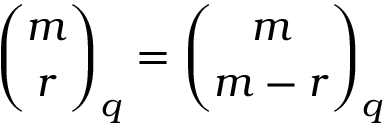
{ \binom { m } { r } } _ { q } = { \binom { m } { m - r } } _ { q }